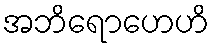
အဘိရောဟေဟိ